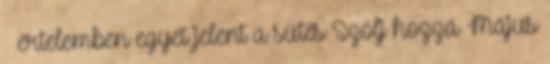
– értelemben egyet jelent a sütés Szólj hozzá Május